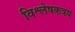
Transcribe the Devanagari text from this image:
विश्लेषकत्रय